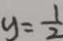
y = \frac { 1 } { 2 }